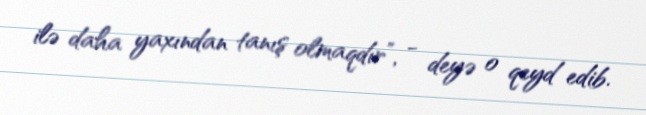
ilə daha yaxından tanış olmaqdır”, - deyə o qeyd edib.